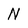
Character: N